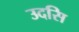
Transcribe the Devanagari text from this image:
उदसि